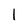
Character: I